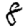
Digit: 8